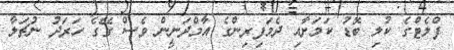
ފްލެޓްގެ ކުލި ބޮޑު ކަމަށާއި ދެމަފިރިންގެ އާމްދަނީން ވެސް ގޭގެ ހަރަދު ނުޗަލާ